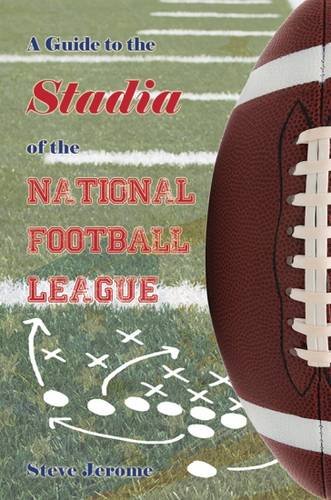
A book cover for A Guide to the Stadia of the National Football League; Steve Jerome; Business & Money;